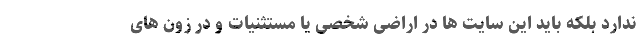
ندارد بلکه باید این سایت ها در اراضی شخصی یا مستثنیات و در زون های